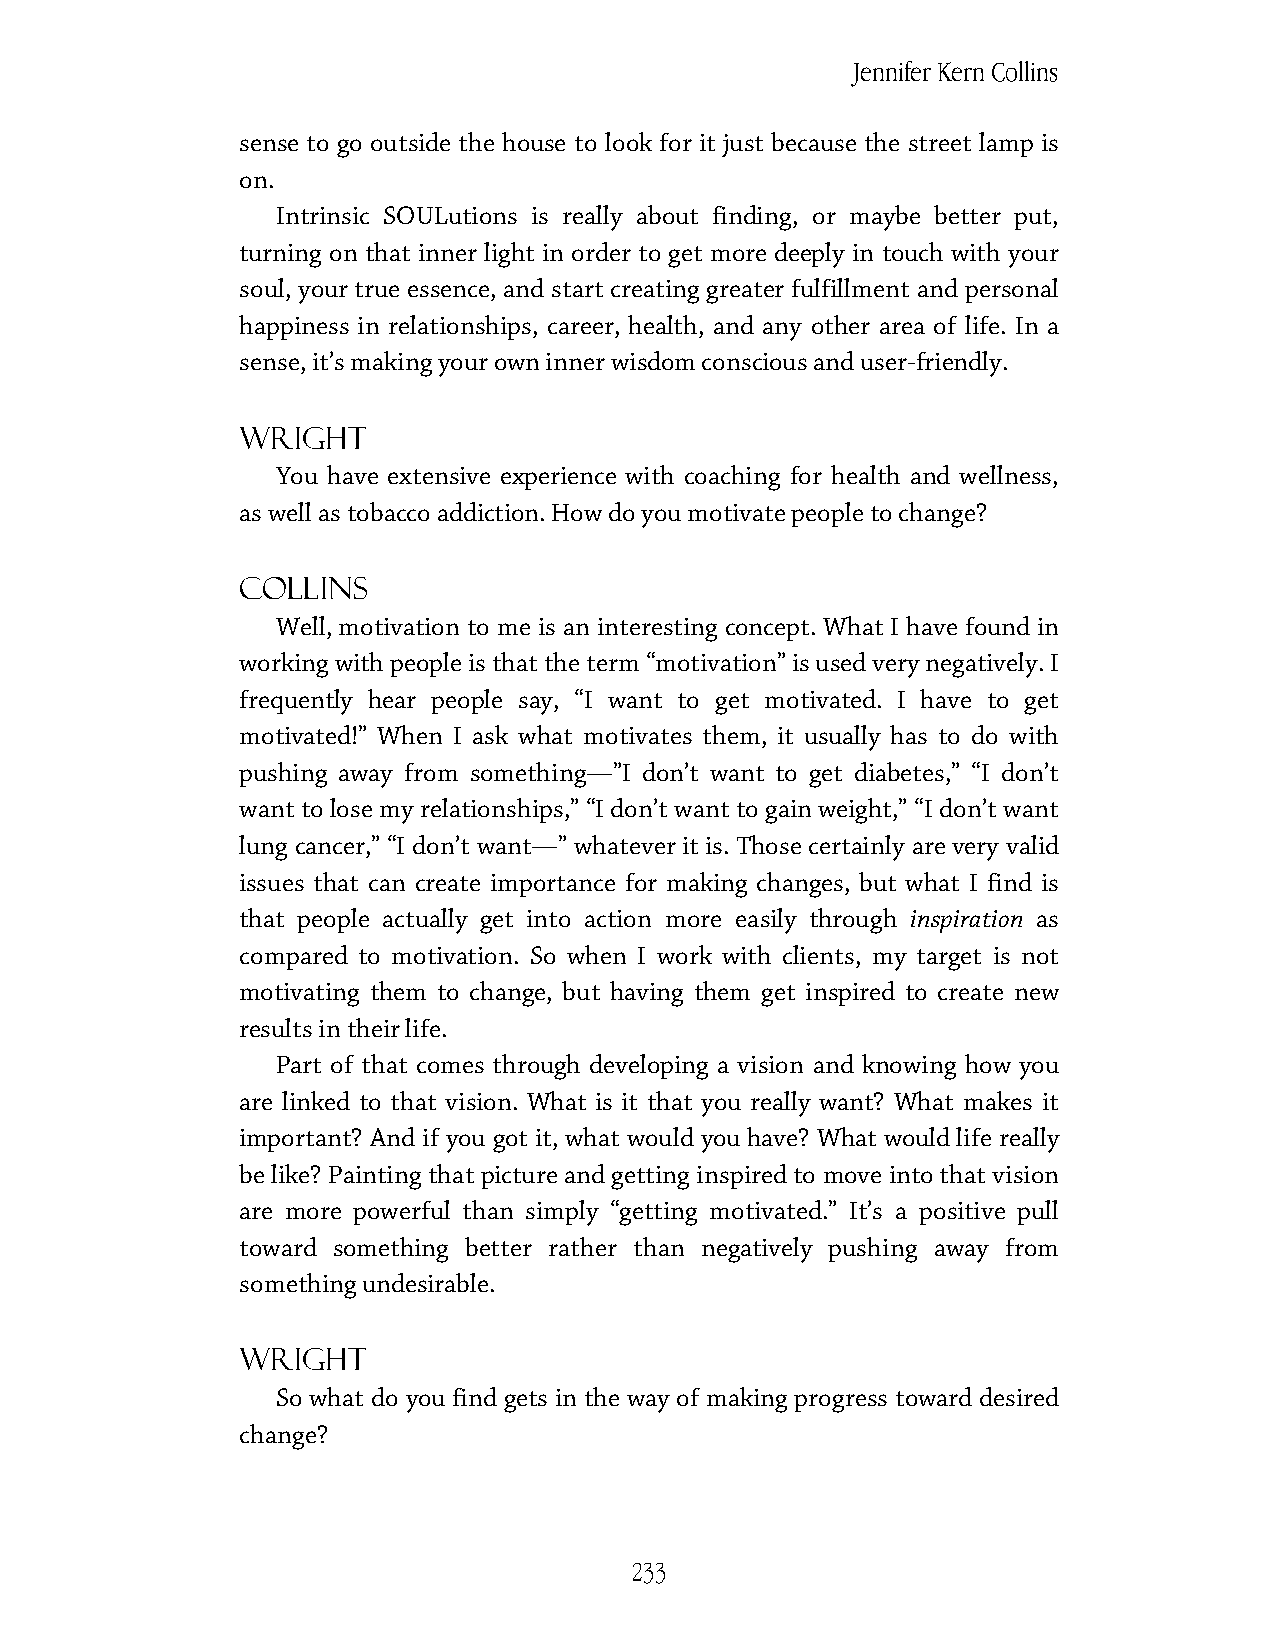
Jennifer Kern Collins
 sense to go outside the house to look for it just because the street lamp is
 on.
 Intrinsic SOULutions is really about finding, or maybe better put,
 turning on that inner light in order to get more deeply in touch with your
 soul, your true essence, and start creating greater fulfillment and personal
 happiness in relationships, career, health, and any other area of life. In a
 sense, it’s making your own inner wisdom conscious and user-friendly.
 Wright
 You have extensive experience with coaching for health and wellness,
 as well as tobacco addiction. How do you motivate people to change?
 Collins
 Well, motivation to me is an interesting concept. What I have found in
 working with people is that the term “motivation” is used very negatively. I
 frequently hear people say, “I want to get motivated. I have to get
 motivated!” When I ask what motivates them, it usually has to do with
 pushing away from something—”I don’t want to get diabetes,” “I don’t
 want to lose my relationships,” “I don’t want to gain weight,” “I don’t want
 lung cancer,” “I don’t want—” whatever it is. Those certainly are very valid
 issues that can create importance for making changes, but what I find is
 that people actually get into action more easily through inspiration as
 compared to motivation. So when I work with clients, my target is not
 motivating them to change, but having them get inspired to create new
 results in their life.
 Part of that comes through developing a vision and knowing how you
 are linked to that vision. What is it that you really want? What makes it
 important? And if you got it, what would you have? What would life really
 be like? Painting that picture and getting inspired to move into that vision
 are more powerful than simply “getting motivated.” It’s a positive pull
 toward something better rather than negatively pushing away from
 something undesirable.
 Wright
 So what do you find gets in the way of making progress toward desired
 change?
 233